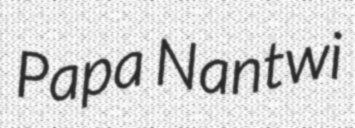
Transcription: Papa Nantwi